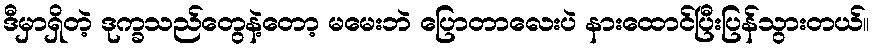
ဒီမှာရှိတဲ့ ဒုက္ခသည်တွေနဲ့တော့ မမေးဘဲ ပြောတာလေးပဲ နားထောင်ပြီးပြန်သွားတယ်။